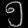
Digit: ၅